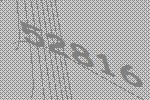
52816